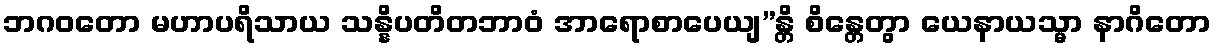
ဘဂဝတော မဟာပရိသာယ သန္နိပတိတဘာဝံ အာရောစာပေယျ”န္တိ စိန္တေတွာ ယေနာယသ္မာ နာဂိတော